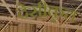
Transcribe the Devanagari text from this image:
देसीकृत